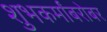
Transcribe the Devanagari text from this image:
शुभकर्मांबरोबर